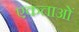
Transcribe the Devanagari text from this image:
एकताओं